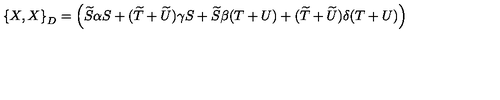
\left\{ X , X \right\} _ { D } = \left( \widetilde { S } \alpha S + ( \widetilde { T } + \widetilde { U } ) \gamma S + \widetilde { S } \beta ( T + U ) + ( \widetilde { T } + \widetilde { U } ) \delta ( T + U ) \right)